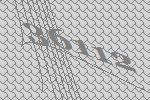
36112